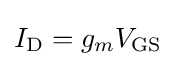
I_{\mathrm {D} }=g_{m}V_{\mathrm {GS} }